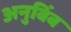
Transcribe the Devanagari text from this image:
अनुबिंब